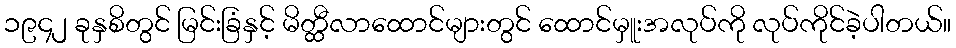
၁၉၄၂ ခုနှစိတွင် မြင်းခြံနှင့် မိတ္ထီလာထောင်များတွင် ထောင်မှူးအလုပ်ကို လုပ်ကိုင်ခဲ့ပါတယ်။